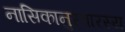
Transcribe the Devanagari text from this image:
नासिकानुस्वारस्य